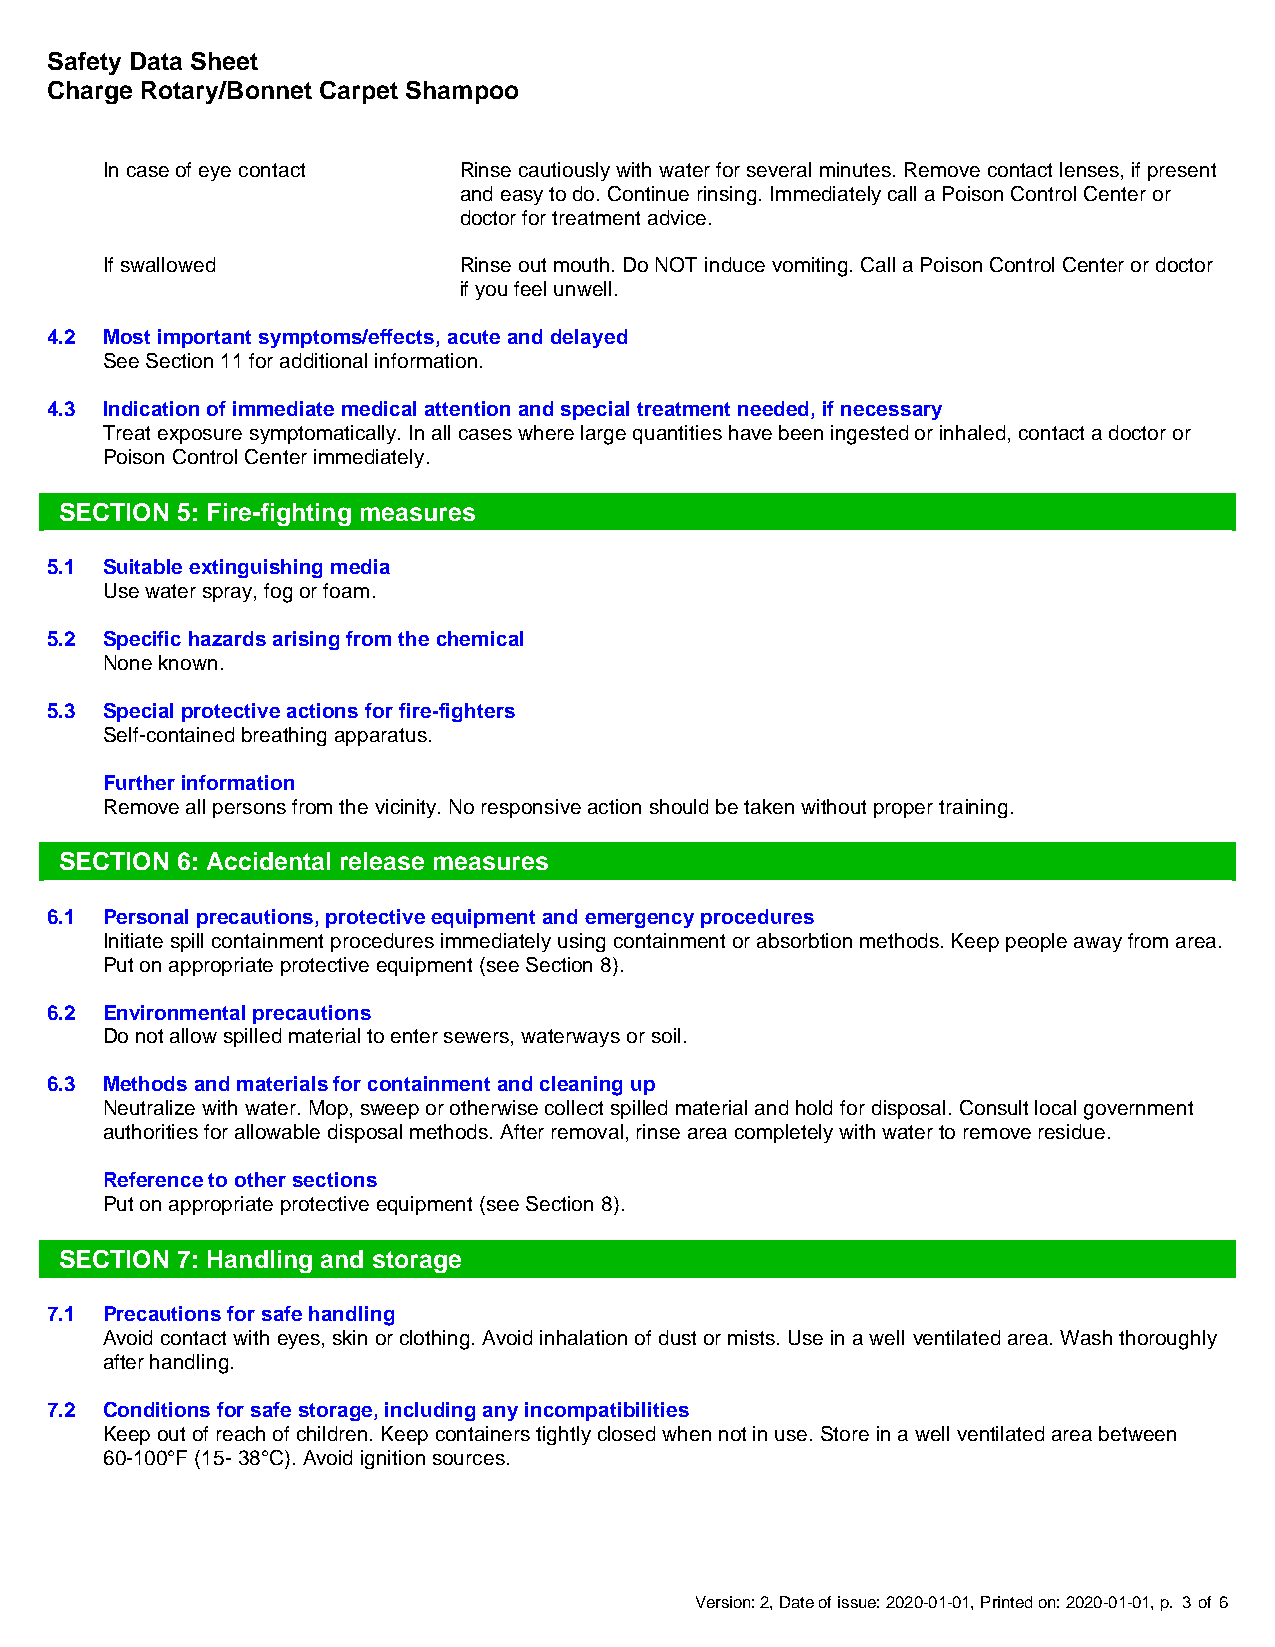
Safety Data Sheet
 Charge Rotary/Bonnet Carpet Shampoo
 In case of eye contact Rinse cautiously with water for several minutes. Remove contact lenses, if present
 and easy to do. Continue rinsing. Immediately call a Poison Control Center or
 doctor for treatment advice.
 If swallowed           Rinse out mouth. Do NOT induce vomiting. Call a Poison Control Center or doctor
 if you feel unwell.
 4.2 Most important symptoms/effects, acute and delayed
 See Section 11 for additional information.
 4.3 Indication of immediate medical attention and special treatment needed, if necessary
 Treat exposure symptomatically. In all cases where large quantities have been ingested or inhaled, contact a doctor or
 Poison Control Center immediately.
 SECTION 5: Fire-fighting measures
 5.1 Suitable extinguishing media
 Use water spray, fog or foam.
 5.2 Specific hazards arising from the chemical
 None known.
 5.3 Special protective actions for fire-fighters
 Self-contained breathing apparatus.
 Further information
 Remove all persons from the vicinity. No responsive action should be taken without proper training.
 SECTION 6: Accidental release measures
 6.1 Personal precautions, protective equipment and emergency procedures
 Initiate spill containment procedures immediately using containment or absorbtion methods. Keep people away from area.
 Put on appropriate protective equipment (see Section 8).
 6.2 Environmental precautions
 Do not allow spilled material to enter sewers, waterways or soil.
 6.3 Methods and materials for containment and cleaning up
 Neutralize with water. Mop, sweep or otherwise collect spilled material and hold for disposal. Consult local government
 authorities for allowable disposal methods. After removal, rinse area completely with water to remove residue.
 Reference to other sections
 Put on appropriate protective equipment (see Section 8).
 SECTION 7: Handling and storage
 7.1 Precautions for safe handling
 Avoid contact with eyes, skin or clothing. Avoid inhalation of dust or mists. Use in a well ventilated area. Wash thoroughly
 after handling.
 7.2 Conditions for safe storage, including any incompatibilities
 Keep out of reach of children. Keep containers tightly closed when not in use. Store in a well ventilated area between
 60-100°F (15- 38°C). Avoid ignition sources.
 Version: 2, Date of issue: 2020-01-01, Printed on: 2020-01-01, p. 3 of 6